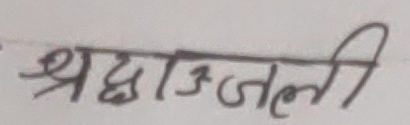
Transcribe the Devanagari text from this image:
श्रद्धाञ्जली